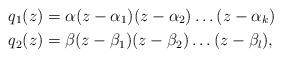
LaTeX: \begin{align*} q_1(z) & =\alpha (z-\alpha_1)(z-\alpha_2)\dotsc (z-\alpha_k) \\q_2(z) & =\beta(z-\beta_1)(z-\beta_2)\dotsc (z-\beta_l),\end{align*}